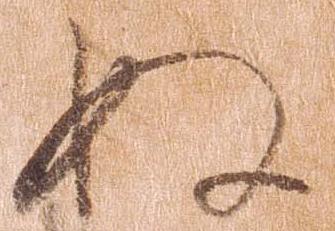
ぬ